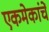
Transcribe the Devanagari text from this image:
एकमेकांचें